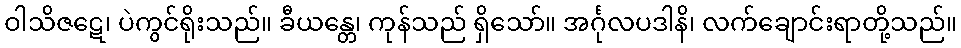
ဝါသိဇဋေ၊ ပဲကွင်ရိုးသည်။ ခီယန္တေ၊ ကုန်သည် ရှိသော်။ အင်္ဂုလပဒါနိ၊ လက်ချောင်းရာတို့သည်။